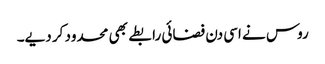
روس نے اسی دن فضائی رابطے بھی محدود کر دیے۔